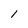
Character: 1